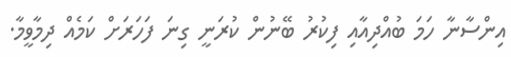
އިންސާނާ ހަމަ ބުއްދިއާއި ފިކުރު ބޭނުން ކުރަނީ ގިނަ ފަހަރަށް ކަމެއް ދިމާވީމާ.